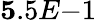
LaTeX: {\mathbf 5.5E{-1}}